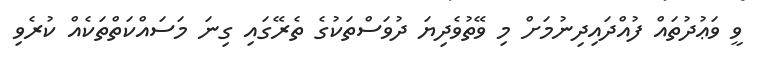
ވީ ވަޢުދުތައް ފުއްދައިދިނުމަށް މި ވޭތުވެދިޔަ ދުވަސްތަކުގެ ތެރޭގައި ގިނަ މަސައްކަތްތަކެއް ކުރެވި